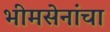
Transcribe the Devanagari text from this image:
भीमसेनांचा